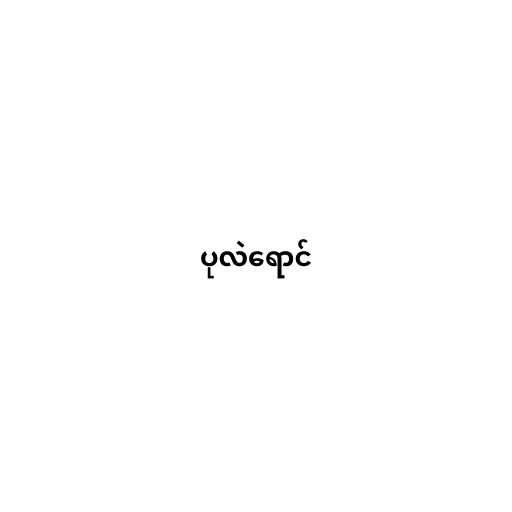
ပုလဲရောင်